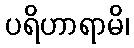
ပရိဟာရာမိ၊